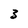
Character: 3